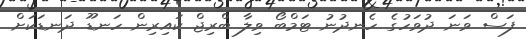
ފަސް ވަނަ ދުވަހުގެ ހެނދުނު ޓަމްބޯ ވިލާ ބްރިޖް ކައިރިން ހަނޑޫ ދަނޑަކަށް